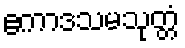
ဧကာဒသမသုတ္တံ